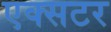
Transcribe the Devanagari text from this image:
एक्सटर